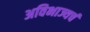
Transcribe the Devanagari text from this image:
अविभाज्यचं